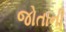
જોતાની